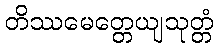
တိဿမေတ္တေယျသုတ္တံ